Leaving Certificate Examination, 1918
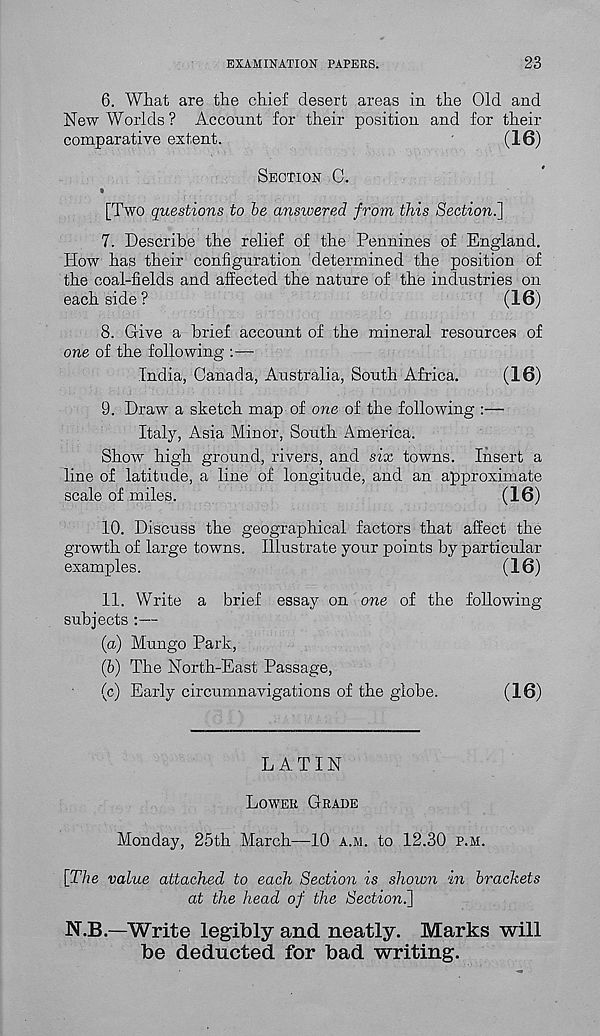
EXAMINATION PAPERS.
23
6. What are the chief desert areas in the Old and
New Worlds ? Account for their position and for their
comparative extent.
'
(16)
SECTION 0.
[Two questions to be answered from this Section.]
7. Describe the relief of the Pennines of England.
How has their configuration determined the position of
the coal-fields and affected the nature of the industries on
each side?
(16)
8. Give a brief account of the mineral resources of
one of the following :—-
India, Canada, Australia, South Africa.
(16)
9. Draw a sketch map of one of the following :—
Italy, Asia Minor, South America.
Show high ground, rivers, and six towns. Insert a
line of latitude, a line of longitude, and an approximate
scale of miles.
(16)
10. Discuss the geographical factors that affect the
growth of large towns. Illustrate your points by particular
examples.
(16)
11. Write a brief essay on one of the following
subjects :—
(а) Mungo Park,
(б) The North-East Passage,
(c) Early circumnavigations of the globe.
(16)
LATIN
LOWER GRADE
Monday, 25th March—-10 A.M. to 12.30 P.M.
[The value attached to each Section is shown in brackets
at the head of the Sectioni]
N.B.—Write legibly and neatly. Marks will
be deducted for bad writing.